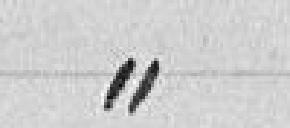
»